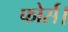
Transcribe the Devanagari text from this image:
फोर्स।